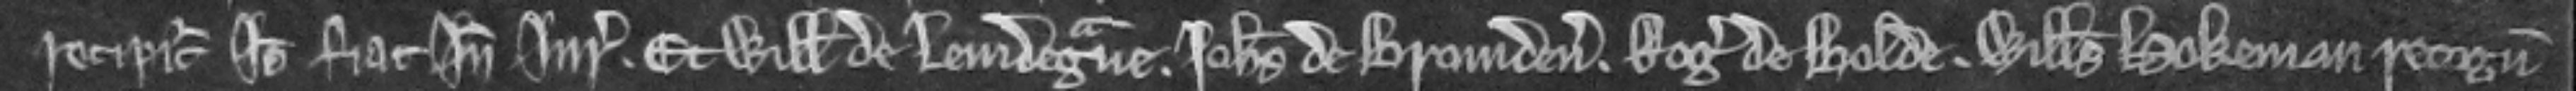
recipitur. Ideo fiat inde jurata. Et Willelmus de Leuidegrane Johannes de Bromden Rogerus de Bolde Willelmus Hokeman recognitores